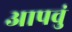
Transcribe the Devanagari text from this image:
आपवुं